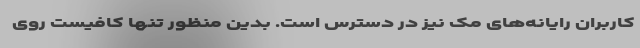
کاربران رایانه‌های مک نیز در دسترس است. بدین منظور تنها کافیست روی